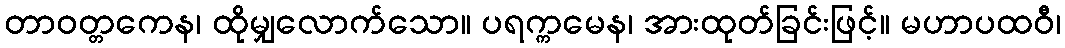
တာဝတ္တကေန၊ ထိုမျှလောက်သော။ ပရက္ကမေန၊ အားထုတ်ခြင်းဖြင့်။ မဟာပထဝီ၊